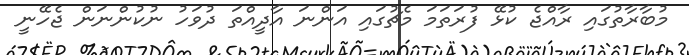
މުބާރާތުގައި ރާއްޖެ ކުޅޭ ފުރަތަމަ މެޗުގައި އަންނަ އާދީއްތަ ދުވަހު ނުކުންނަން ޖެހޭނީ